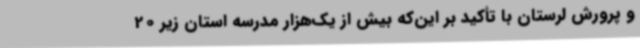
و پرورش لرستان با تأکید بر این‌که بیش از یک‌هزار مدرسه استان زیر 20